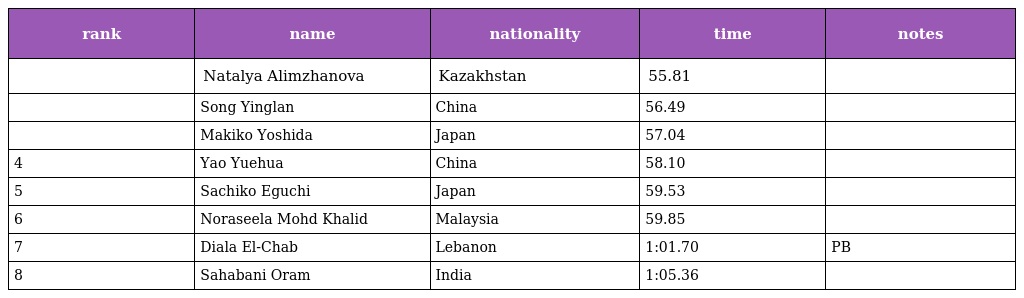
| rank | name | nationality | time | notes |
 | --- | --- | --- | --- | --- |
 |  | Natalya Alimzhanova | Kazakhstan | 55.81 |  |
 |  | Song Yinglan | China | 56.49 |  |
 |  | Makiko Yoshida | Japan | 57.04 |  |
 | 4 | Yao Yuehua | China | 58.10 |  |
 | 5 | Sachiko Eguchi | Japan | 59.53 |  |
 | 6 | Noraseela Mohd Khalid | Malaysia | 59.85 |  |
 | 7 | Diala El-Chab | Lebanon | 1:01.70 | PB |
 | 8 | Sahabani Oram | India | 1:05.36 |  |